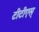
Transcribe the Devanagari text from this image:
टीटीएस्